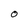
Character: O